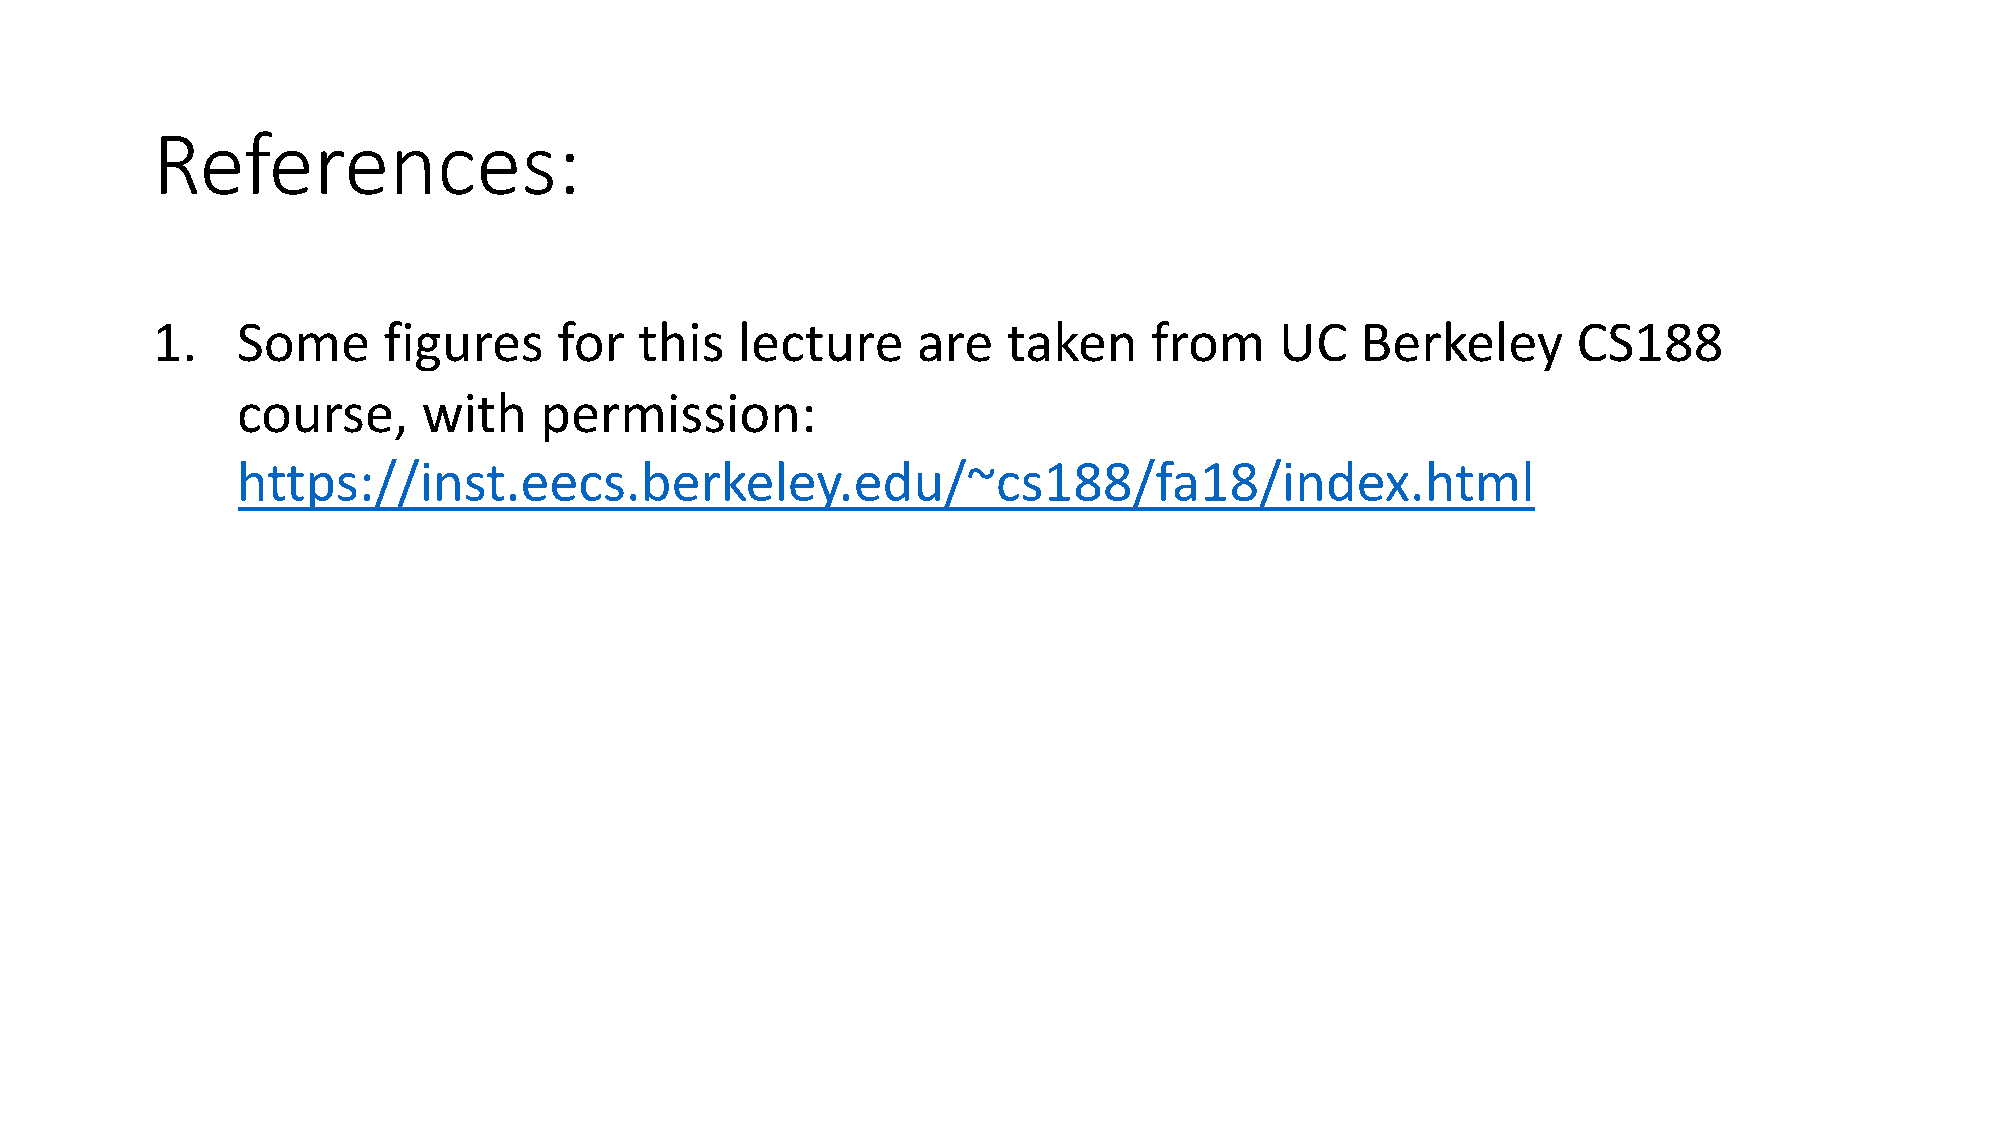
References:
 1.    Some     figures     for  this   lecture     are   taken    from     UC   Berkeley      CS188
 course,     with    permission:
 https://inst.eecs.berkeley.edu/~cs188/fa18/index.html